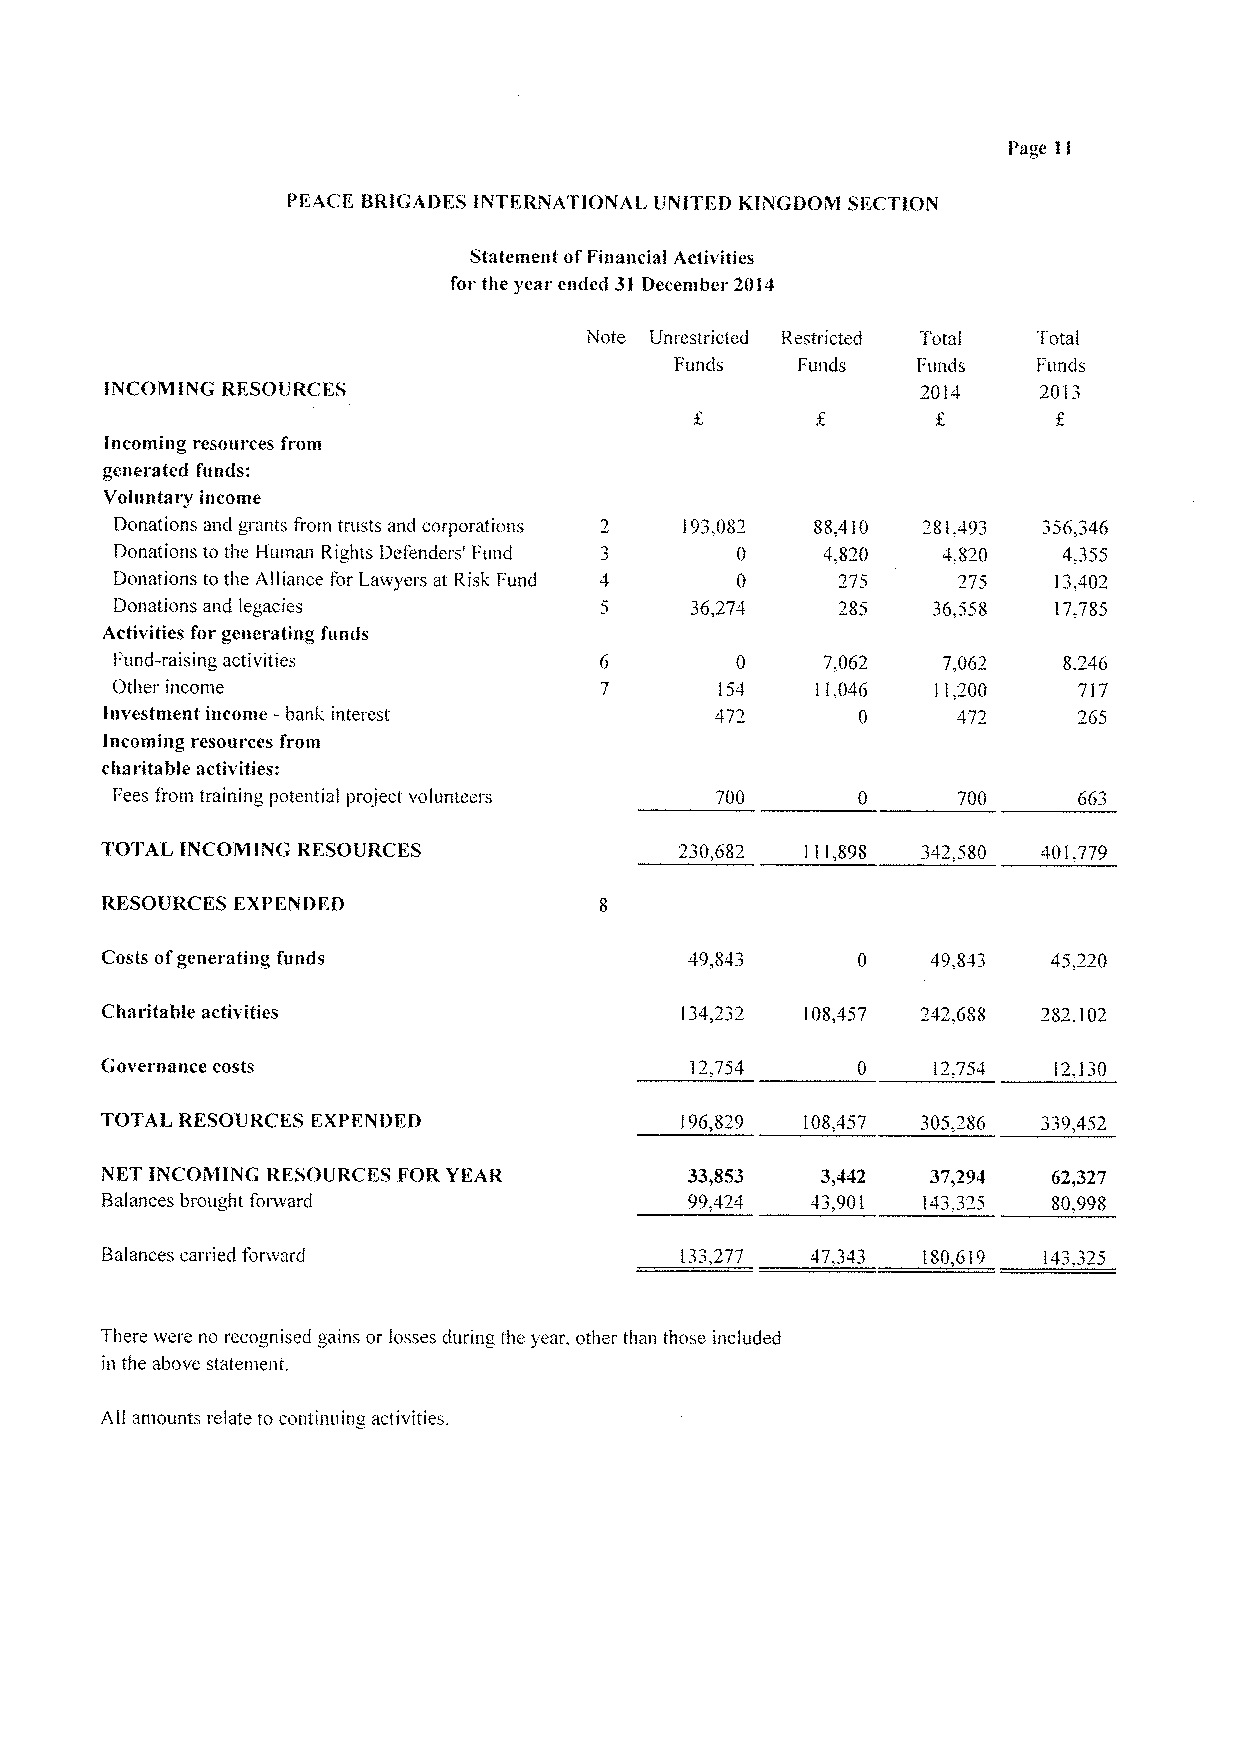
Page II
 PEACI". BRIGADES INTERNATIONAL UNITED KINGDOM SECTION
 Statement ofFinancial Activities
 for the year ended 31December 2014
 Note Unrestricted Restricted Total Total
 Funds   Funds   Funds   Funds
 INCOMING RESOURCES                                    2014    2013
 Incoming resources from
 generated funds:
 Voluntary income
 Donations and grants from trusts and corporations 193,082 88.410 281.493 356,346
 Donations to the Human Rights Defenders' Fund 0 4 820 4,820   4,355
 Donations to the Alliance for Lawyers at Risk Fund 0   275    13,402
 Donations and legacies                36,274   785    36.558  17,785
 ,
 Activities for generating funds
 Fund-raising activities                   0    7,062   7,067   8,246
 Other income                             154   11 046  11,200   717
 Investment income -bank interest        472       0     -'172   265
 Incoming resources from
 charitable activities:
 Fees from training potential project volunteers 700     700     663
 TOTAL INCOMING RFSOURCES              230,682 111,898 342,580 401,779
 RESOURCES EXPFNDFD
 Costs ofgenerating funds               49,843     0    49,843  45,220
 Clraritable activities                134,232 108,457 242,688 282,102
 Governance costs                       17,754     0    12,754  12,130
 TOTAL RESOURCES EXPENDFD              196,829 108,457 305,286 339,452
 NET INCOMING RESOURCES FOR YEAR       33,853   3,442   37,294  62,327
 Balances brought fonvard               99,424  43,901 143,325  80,998
 Balances carried forward              133,277  47,343 180,619 143,325
 There were no recognised gains or losses during the year, other than those included
 in the above statement.
 All amounts relate to continuing activities.